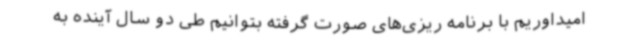
امیداوریم با برنامه ریزی‌های صورت گرفته بتوانیم طی دو سال آینده به